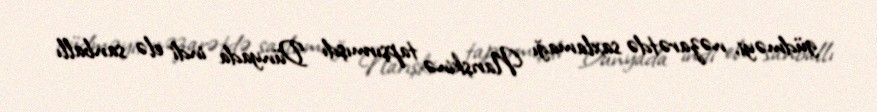
güdməyi, nəzarətdə saxlamağı Narışkinə tapşırmışdı Dünyada indi elə sanballı